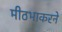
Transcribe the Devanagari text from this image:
मीठभाकरने